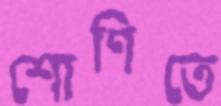
শোণিতে